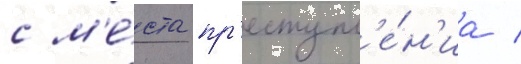
с м'е́ста пр'еступл'е́н'иа /